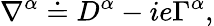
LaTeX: \nabla^{\alpha}\doteq D^{\alpha}-ie\Gamma^{\alpha},